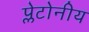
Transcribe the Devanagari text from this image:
प्लेटोनीय